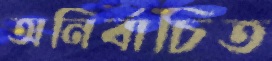
অনির্বাচিত